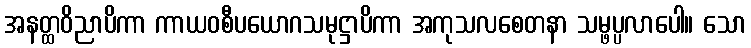
အနတ္ထဝိညာပိကာ ကာယဝစီပယောဂသမုဋ္ဌာပိကာ အကုသလစေတနာ သမ္ဖပ္ပလာပေါ။ သော